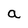
Character: a